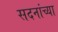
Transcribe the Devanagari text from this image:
सदनांच्या